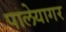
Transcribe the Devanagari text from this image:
पालेयागर